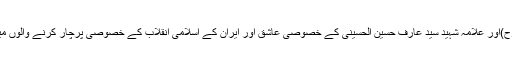
امام خمینی(رح)اور علامہ شہید سید عارف حسین الحسینی کے خصوصی عاشق اور ایران کے اسلامی انقلاب کے خصوصی پرچار کرنے والوں میں سے تھے۔